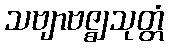
သဗျာဗဇ္ဈသုတ္တံ